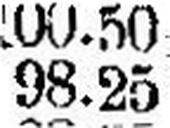
98.25